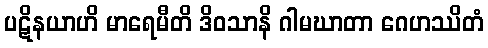
ပဋိနယာဟိ မာရေမီတိ ဒိဝသာနိ ဂါမဃာတာ ဂေဟဿိတံ